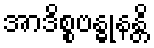
အာဒိစ္စဗန္ဓုနန္တိ